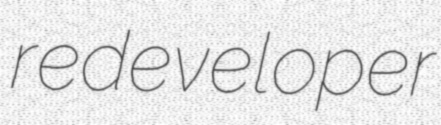
redeveloper